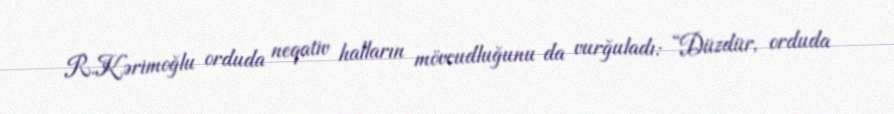
R.Kərimoğlu orduda neqativ halların mövcudluğunu da vurğuladı: “Düzdür, orduda